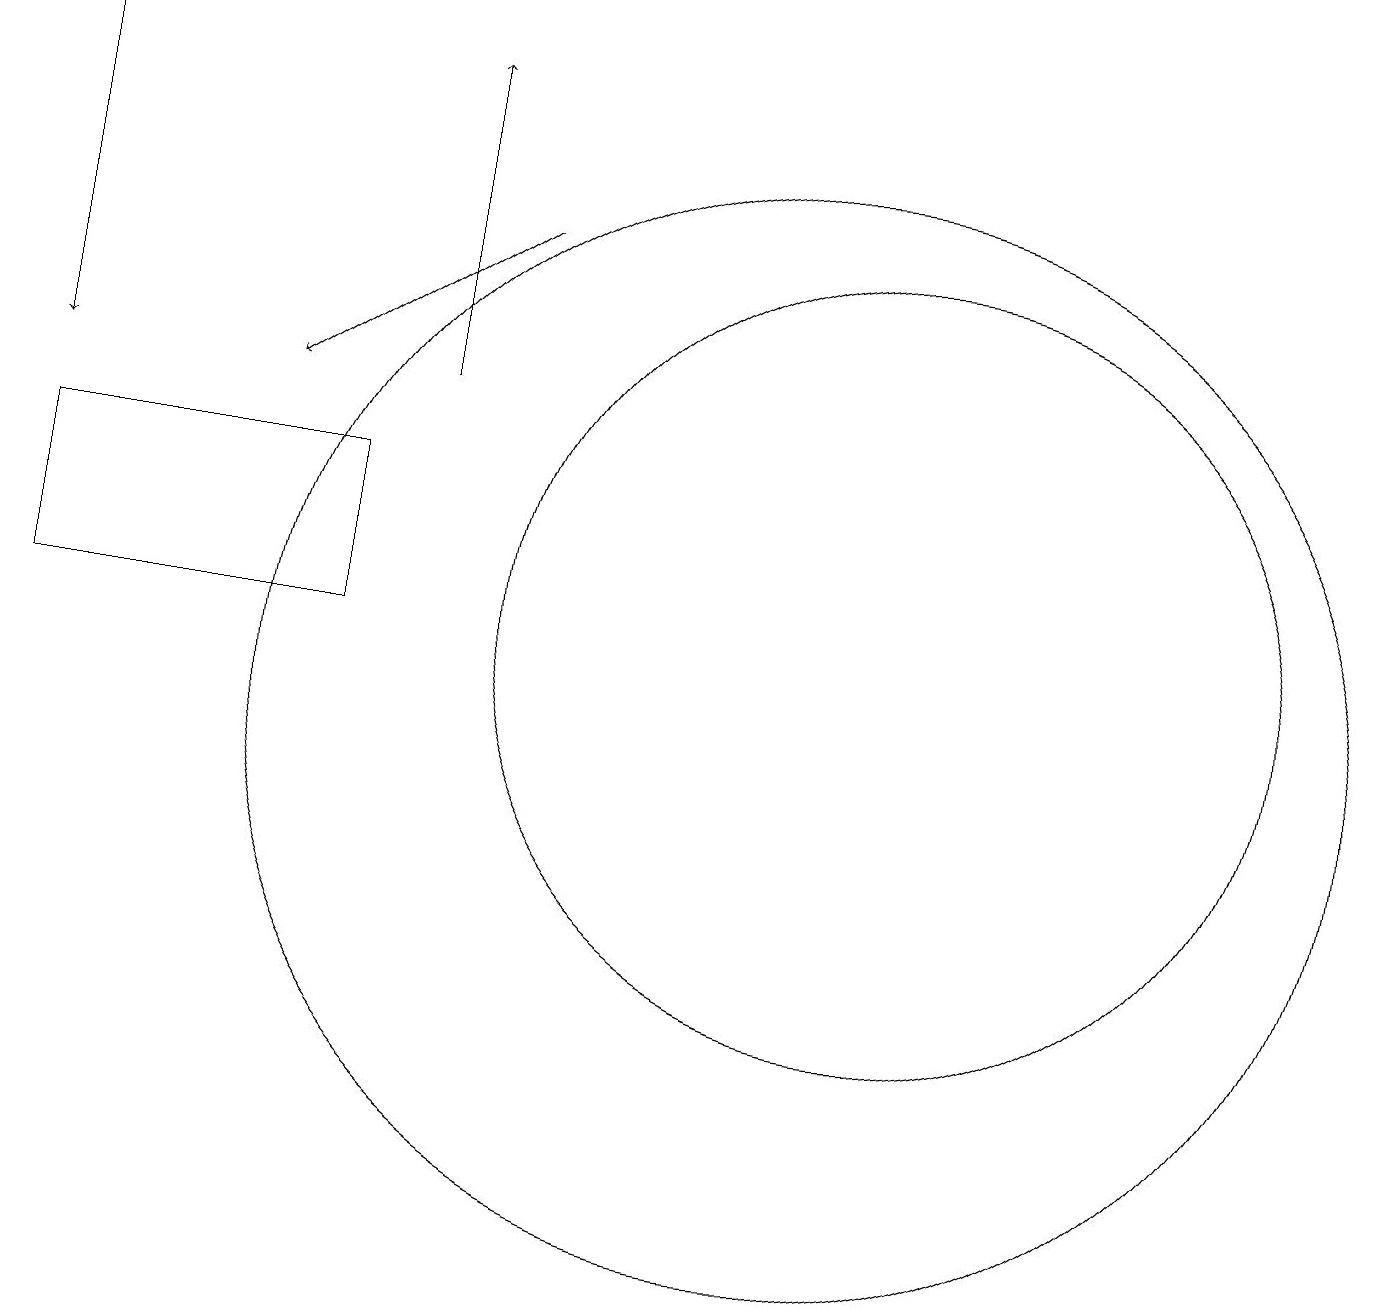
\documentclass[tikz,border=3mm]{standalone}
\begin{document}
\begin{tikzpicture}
\draw[->] (1,19) -- (1,14);
\draw[->] (7,16) -- (4,14);
\draw (5,13) rectangle (1,11);
\draw[->] (6,14) -- (6,18);
\draw (11,10) circle (7);
\draw (12,11) circle (5);
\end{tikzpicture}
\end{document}